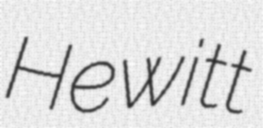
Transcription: Hewitt